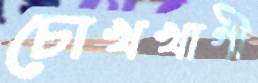
চোখখাগী